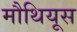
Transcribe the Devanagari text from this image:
मौथियूस